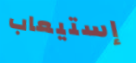
إستيعاب